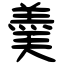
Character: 羮